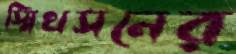
স্মিথসনের